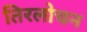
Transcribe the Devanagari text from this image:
तिरलोचन